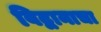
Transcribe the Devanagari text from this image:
विद्वानाचा